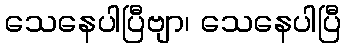
သေနေပါပြီဗျာ၊ သေနေပါပြီ